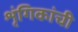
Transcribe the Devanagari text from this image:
शृंगिकांची